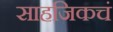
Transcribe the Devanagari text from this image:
साहजिकचं